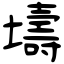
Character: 壔